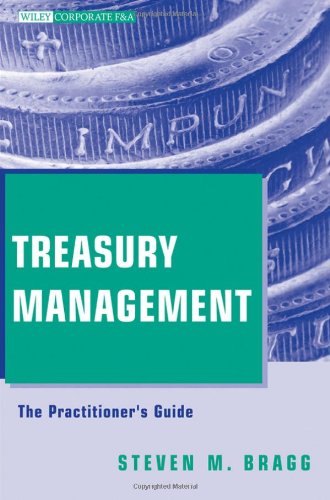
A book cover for Treasury Management: The Practitioner's Guide; Steven M. Bragg; Business & Money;